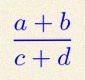
\frac{a+b}{c+d}